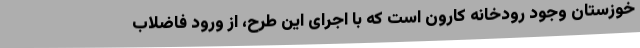
خوزستان وجود رودخانه کارون است که با اجرای این طرح، از ورود فاضلاب